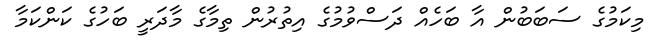
މިކަމުގެ ސަބަބުން އާ ބަހެއް ދަސްވުމުގެ އިތުރުން ތިމާގެ މާދަރީ ބަހުގެ ކަންކަމާ